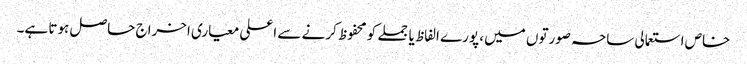
خاص استعمالی ساحہ صورتوں میں، پورے الفاظ یا جملے کو محفوظ کرنے سے اعلی معیاری اخراج حاصل ہوتا ہے۔